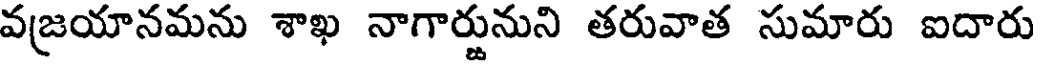
వజ్రయానమను శాఖ నాగార్జునుని తరువాత సుమారు ఐదారు